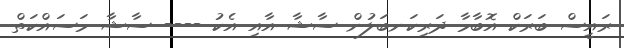
ރައީސް ބަރަކް އޮބާމާ ދަރިކަނބަލުން ސާޝާ އާއި އެކު ---- ސާޝާ މަސައްކަތް